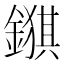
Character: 𮢺